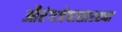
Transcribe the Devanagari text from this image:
औरंगजेबासारख्या